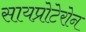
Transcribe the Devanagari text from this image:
सायप्रोटेरोन